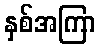
နှစ်အကြာ